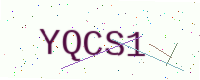
Text: YQCS1